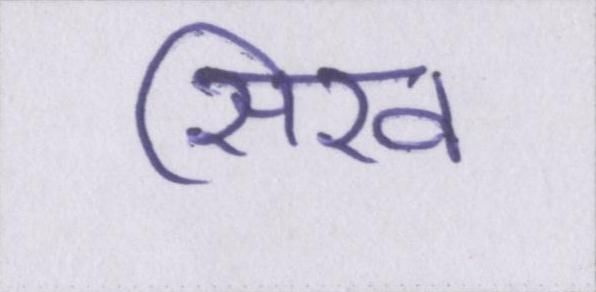
सिख